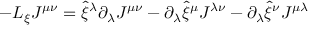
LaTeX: - { \cal L } _ { \xi } J ^ { \mu \nu } = \hat { \xi } ^ { \lambda } \partial _ { \lambda } J ^ { \mu \nu } - \partial _ { \lambda } \hat { \xi } ^ { \mu } J ^ { \lambda \nu } - \partial _ { \lambda } \hat { \xi } ^ { \nu } J ^ { \mu \lambda }